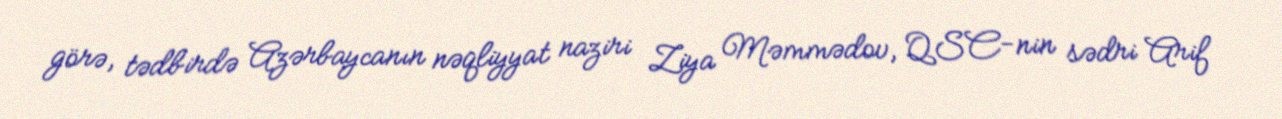
görə, tədbirdə Azərbaycanın nəqliyyat naziri Ziya Məmmədov, QSC-nin sədri Arif